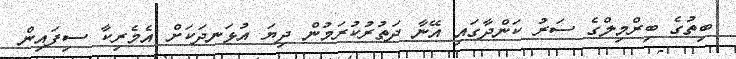
ބިތުގެ ބިރްމިލްގެ ސަރު ކަންދާގައި އޭނާ ދަތުރުކުރަމުން ދިޔަ އުޅަނދަކަށް އެމެރިކާ ސިފައިން